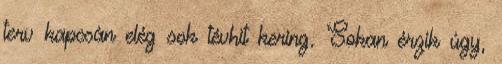
terv kapcsán elég sok tévhit kering. Sokan érzik úgy,